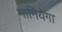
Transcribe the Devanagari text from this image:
मानियेगा